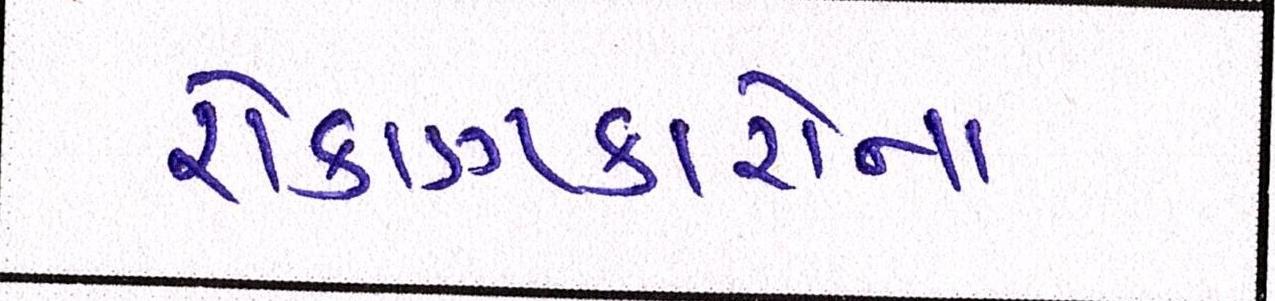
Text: રોકાણકારોના